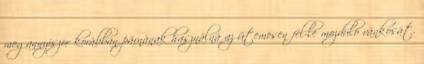
megannyiszor korábban párnának használná az ütemesen fel-le mozduló vánkosát.